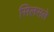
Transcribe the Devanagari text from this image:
सिलसले